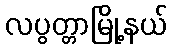
လပွတ္တာမြို့နယ်